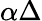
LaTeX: \alpha\Delta